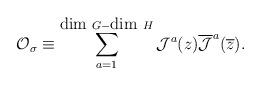
LaTeX: \begin{align*}{\cal O}_{\sigma} \equiv \sum_{a =1}^{\hbox{dim }G-\hbox{dim }H}{\cal J}^{a}(z) \overline{\cal J}^{a}(\overline z).\end{align*}